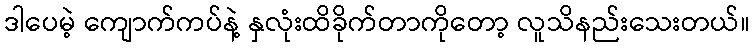
ဒါပေမဲ့ ကျောက်ကပ်နဲ့ နှလုံးထိခိုက်တာကိုတော့ လူသိနည်းသေးတယ်။